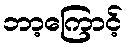
ဘာ့ကြောင့်